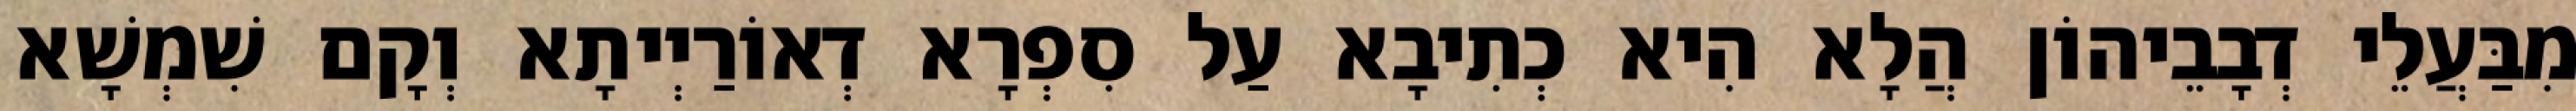
מִבַּעֲלֵי דְבָבֵיהוֹן הֲלָא הִיא כְתִיבָא עַל סִפְרָא דְאוֹרַיְיתָא וְקָם שִׁמְשָׁא